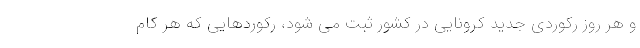
و هر روز رکوردی جدید کرونایی در کشور ثبت می شود، رکوردهایی که هر کام